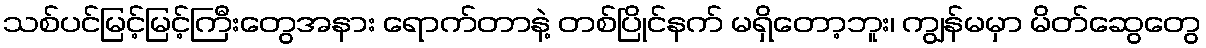
သစ်ပင်မြင့်မြင့်ကြီးတွေအနား ရောက်တာနဲ့ တစ်ပြိုင်နက် မရှိတော့ဘူး၊ ကျွန်မမှာ မိတ်ဆွေတွေ